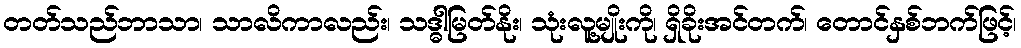
တတ်သည်ဘာသာ၊ သာလိကာလည်း၊ သဒ္ဓါမြတ်နိုး၊ သုံးလူ့မျိုးကို၊ ရှိခိုးအင်တက်၊ တောင်နှစ်ဘက်ဖြင့်၊